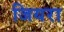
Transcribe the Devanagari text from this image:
जियरा